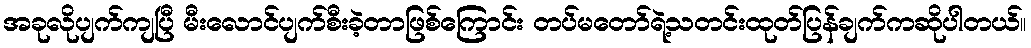
အခုလိုပျက်ကျပြီ မီးလောင်ပျက်စီးခဲ့တာဖြစ်ကြောင်း တပ်မတော်ရဲ့သတင်းထုတ်ပြန်ချက်ကဆိုပါတယ်။